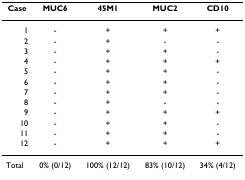
| Case | MUC6 | 45M1 | MUC2 | CD10 |
 | --- | --- | --- | --- | --- |
 | 1 | - | + | + | + |
 | 2 | - | + | - | - |
 | 3 | - | + | + | - |
 | 4 | - | + | + | + |
 | 5 | - | + | + | - |
 | 6 | - | + | + | - |
 | 7 | - | + | + | - |
 | 8 | - | + | - | - |
 | 9 | - | + | + | + |
 | 10 | - | + | + | - |
 | 11 | - | + | + | - |
 | 12 | - | + | + | + |
 | Total | 0% (0/12) | 100% (12/12) | 83% (10/12) | 34% (4/12) |